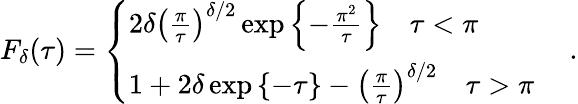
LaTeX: F_{\delta}(\tau)=\left\{ \begin{array}{ll}{{2\delta\left(\frac{\pi}{\tau}\right)^{\delta/2}\exp\left\{ -\frac{\pi^{2}}{\tau}\right\} \quad\tau<\pi}}&{{}}\\ {{1+2\delta\exp\left\{ -\tau\right\} -\left(\frac{\pi}{\tau}\right)^{\delta/2}\quad\tau>\pi}}\end{array}\right.~.